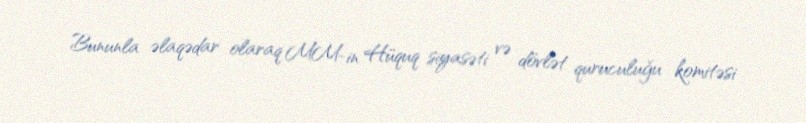
Bununla əlaqədar olaraq MM-in Hüquq siyasəti və dövlət quruculuğu komitəsi